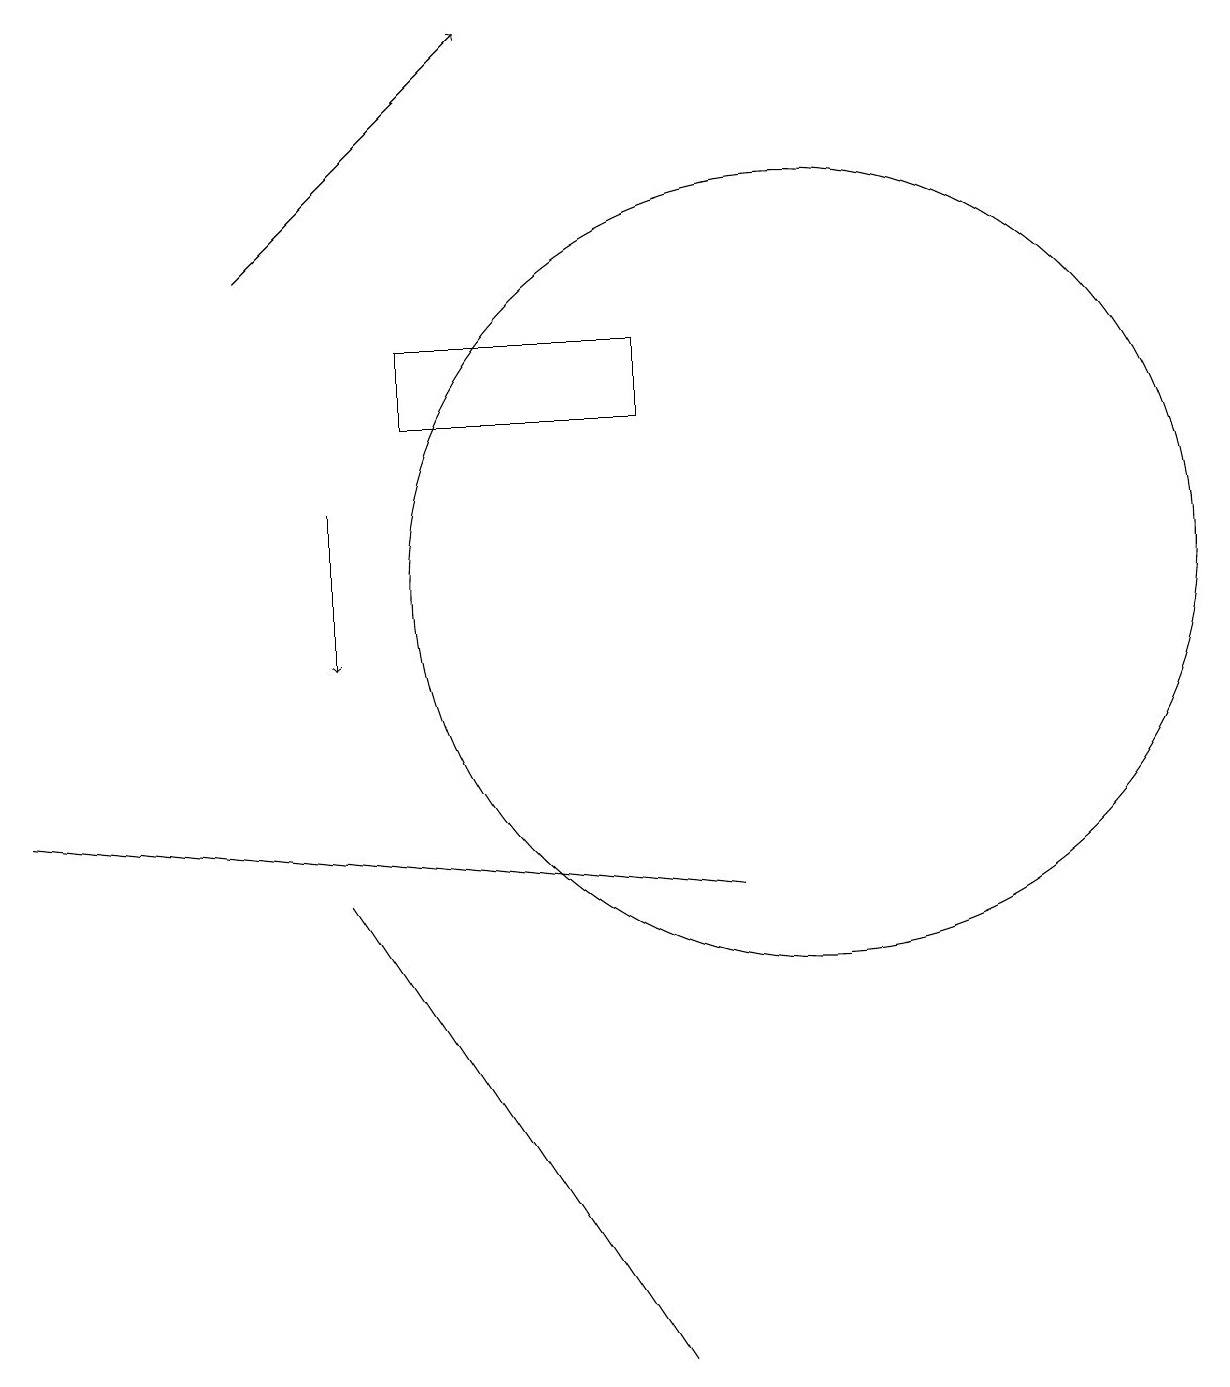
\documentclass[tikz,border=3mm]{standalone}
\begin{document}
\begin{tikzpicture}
\draw[->] (4,12) -- (4,10);
\draw (8,13) rectangle (5,14);
\draw (10,11) circle (5);
\draw (4,7) -- (8,1) -- (6,4) -- cycle;
\draw[->] (3,15) -- (6,18);
\draw (0,8) -- (9,7) -- (9,7) -- cycle;
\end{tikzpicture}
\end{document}